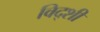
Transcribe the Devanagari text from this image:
विद्शी